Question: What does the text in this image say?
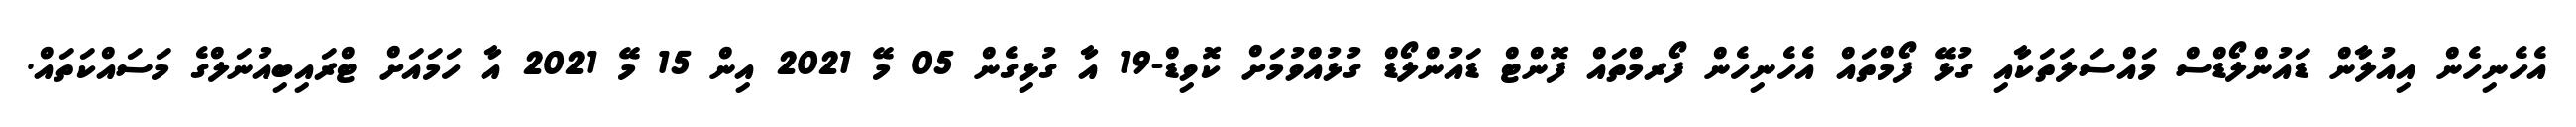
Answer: އެހެނިހެން އިއުލާން ޑައުންލޯޑްސް މައްސަލަތަކާއި ގުޅޭ ފޯމްތައް އެހެނިހެން ފޯރމްތައް ފޮންޓް ޑައުންލޯޑް ގުޅުއްވުމަށް ކޮވިޑް-19 އާ ގުޅިގެން 05 މޭ 2021 އިން 15 މޭ 2021 އާ ހަމައަށް ޓްރައިބިއުނަލްގެ މަސައްކަތައް.